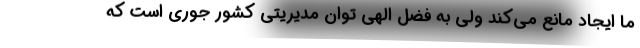
ما ایجاد مانع می‌کند ولی به فضل الهی توان مدیریتی کشور جوری است که